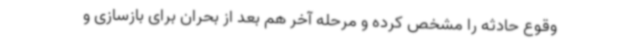
وقوع حادثه را مشخص کرده و مرحله آخر هم بعد از بحران برای بازسازی و